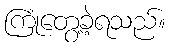
ကြုံတွေ့ခဲ့ရသည်။